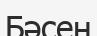
Бәсен